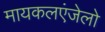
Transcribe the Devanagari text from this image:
मायकलएंजेलो